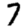
Digit: 7